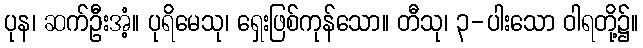
ပုန၊ ဆက်ဦးအံ့။ ပုရိမေသု၊ ရှေးဖြစ်ကုန်သော။ တီသု၊ ၃-ပါးသော ဝါရတို့၌။